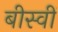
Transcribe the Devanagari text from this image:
बीस्वीं